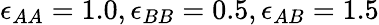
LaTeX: \epsilon_{AA}=1.0,\epsilon_{BB}=0.5,\epsilon_{AB}=1.5